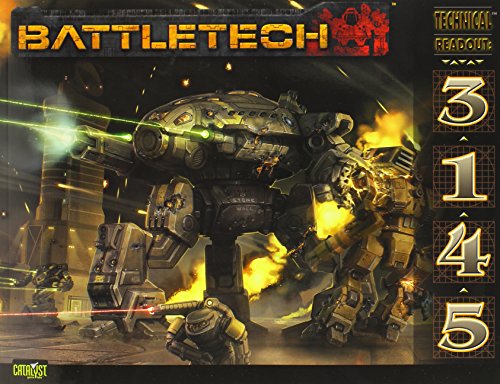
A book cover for Battletech Technical Readout 3145; Catalyst Game Labs; Science Fiction & Fantasy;